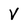
Character: V